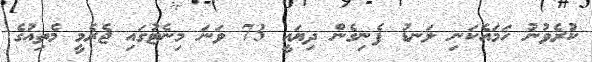
ކުރެވުނު ހަމައެކަނި ލަނޑު ފެނިގެން ދިޔައީ 73 ވަނަ މިނެޓުގައި ޖެރެމީ މެތިއުގެ